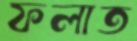
ফলাত